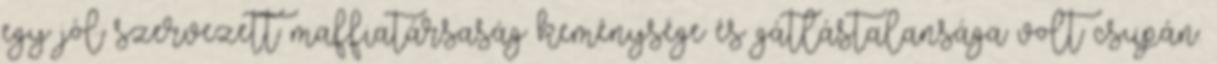
egy jól szervezett maffiatársaság keménysége és gátlástalansága volt csupán.